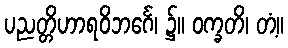
ပညတ္တိဟာရဝိဘင်္ဂေ၊ ၌။ ဝက္ခတိ၊ တံ့။